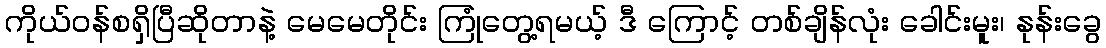
ကိုယ်ဝန်စရှိပြီဆိုတာနဲ့ မေမေတိုင်း ကြုံတွေ့ရမယ့် ဒီ ကြောင့် တစ်ချိန်လုံး ခေါင်းမူး၊ နုန်းခွေ